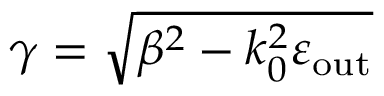
\gamma = \sqrt { \beta ^ { 2 } - k _ { 0 } ^ { 2 } \varepsilon _ { \mathrm { o u t } } }